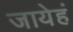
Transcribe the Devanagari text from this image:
जायेहं